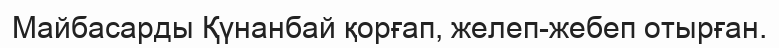
Майбасарды Қүнанбай қорғап, желеп-жебеп отырған.